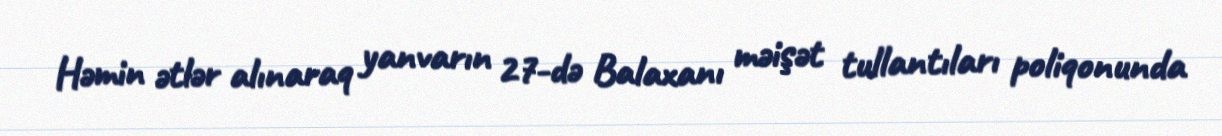
Həmin ətlər alınaraq yanvarın 27-də Balaxanı məişət tullantıları poliqonunda